Lunatic asylums Burma 1922-24 - 1922-1924
Year: 1922
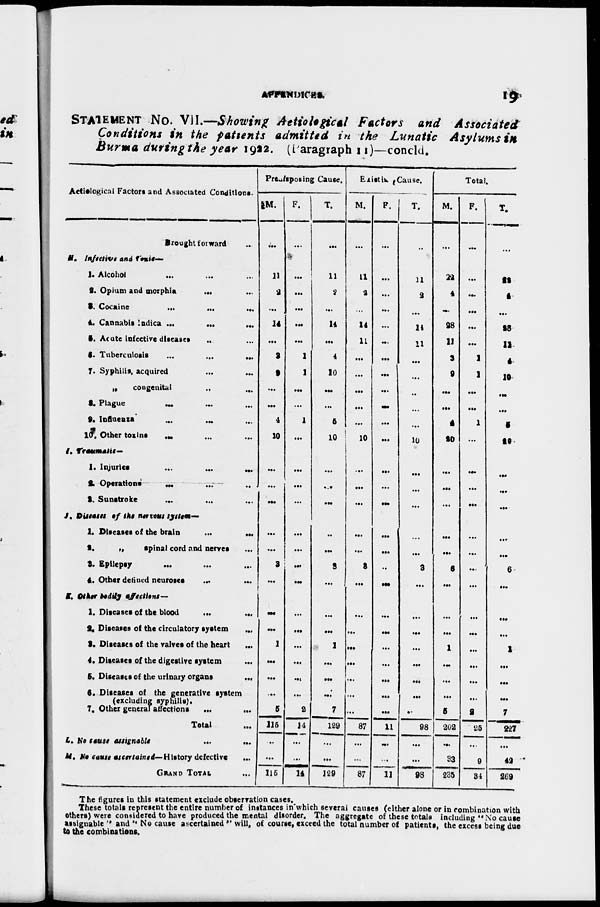
APPENDICES.
19
STATEMENT NO. VII.—Showing Aetiological Factors and Associated
Conditions in the patients admitted in the Lunatic Asylums in
Burma during the year 1922. (Paragraph 11)—concld.
Aetiological Factors and Associated Conditions.
Brought forward ...
M. Infective and Toxic.—
1. Alcohol ... ... ... ...
2. Opium and morphia
... ...
3. Cocaine
...
...
...
4. Cannabis Indica ... ... ...
5. Acute infective diseases
..
6. Tuberculosis
...
...
...
7. Syphilis, acquired ... ...
„
congenital ... ...
8. Plague ... ... ...
9. Influenza
...
... ...
10. Other toxins ... ... ...
I. Treamatic—
1. Injuries
...
...
...
2. Operations
...
...
...
3. Sunstroke
... ... ...
J. Diseases of the nervous system—
1. Diseases of the brain
...
...
2.
„
spinal cord and nerves ...
3. Epilepsy
...
...
...
4. Other defined neuroses
... ...
K. Other Dedily affections—
1. Diseases of the blood ... ...
2. Diseases of the circulatory system ...
3. Diseases of the valves of the heart
...
4. Diseases of the digestive system ...
5. Diseases of the urinary organs
...
6. Diseases of the generative system
(excluding syphilis).
7. Other general affections
...
...
Total ...
L. No cause assignable
...
...
M. No cause ascertained— History defective ...
GRAND TOTAL ...
Predisposing Cause.
M.
...
11
2
...
14
...
3
9
...
...
4
10
...
...
...
...
...
3
...
...
...
1
...
...
...
5
115
...
...
115
F.
...
...
...
...
...
...
1
1
...
...
1
...
...
...
...
...
...
...
...
...
...
...
...
...
...
2
14
...
...
14
T.
...
11
2
...
14
...
4
10
...
...
5
10
...
...
...
...
...
3
...
...
...
1
...
...
...
7
129
...
...
129
Existin Cause.
M.
...
11
2
...
14
11
...
...
...
...
...
10
...
...
...
...
...
3
...
...
...
...
...
...
...
...
87
...
...
87
F.
...
...
...
...
...
...
...
...
...
...
...
...
...
...
...
...
...
...
...
...
...
...
...
...
...
...
11
...
...
11
T.
...
11
2
...
14
11
...
...
...
...
...
10
...
...
...
...
...
3
...
...
...
...
...
...
...
...
98
...
...
98
Total.
M.
...
22
4
...
28
11
3
9
...
...
4
20
...
...
...
...
...
6
...
...
...
1
...
...
...
5
202
...
33
235
F.
...
...
...
...
...
...
1
1
...
...
1
...
...
...
...
...
...
...
...
...
...
...
...
...
...
2
25
...
9
34
T.
22
4
...
28
11
4
10
...
...
5
20
...
...
...
...
...
6
...
...
...
1
...
...
...
7
227
...
42
269
The figures in this statement exclude observation cases.
These totals represent the entire number of instances in which several causes (either alone or in combination with
others) were considered to have produced the mental disorder. The aggregate of these totals including "No cause
assignable " and " No cause ascertained ''will, of course, exceed the total number of patients, the excess being due
to the combinations.